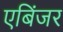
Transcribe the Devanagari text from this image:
एबिंजर